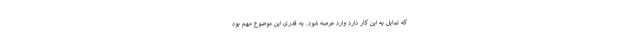
که تمایل به این کار دارد وارد عرصه شود. به قدری این موضوع مهم بود